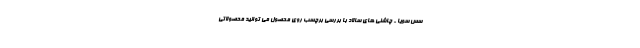
سس سویا - چاشنی های سالاد با بررسی برچسب روی محصول می توانید محصولاتی